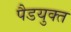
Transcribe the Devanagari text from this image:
पैडयुक्त